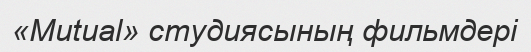
«Mutual» студиясының фильмдері